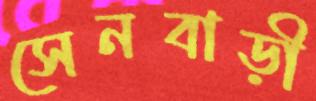
সেনবাড়ী